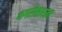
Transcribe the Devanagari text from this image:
भगरीसारखा